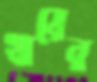
খায়ের